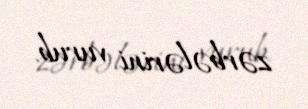
zərbələrini vurub.